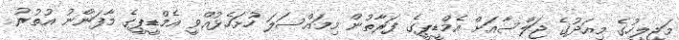
މަޖިލީހުގެ މިއަދުގެ ޖަލްސާއަށް އެމްޑީޕީގެ ފަރާތުން މިމައްސަލަ ހުށަހެޅުއްވީ އެމްޑީޕީގެ މާފަންނު އުތުރު